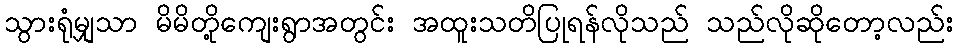
သွားရုံမျှသာ မိမိတို့ကျေးရွာအတွင်း အထူးသတိပြုရန်လိုသည် သည်လိုဆိုတော့လည်း